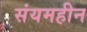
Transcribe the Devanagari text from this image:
संयमहीन